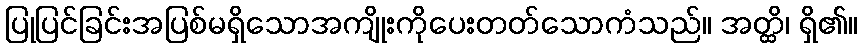
ပြုပြင်ခြင်းအပြစ်မရှိသောအကျိုးကိုပေးတတ်သောကံသည်။ အတ္ထိ၊ ရှိ၏။